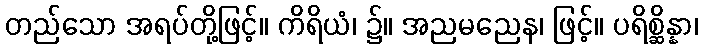
တည်သော အရပ်တို့ဖြင့်။ ကိရိယံ၊ ၌။ အညမညေန၊ ဖြင့်။ ပရိစ္ဆိန္နာ၊